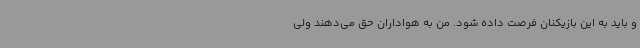
و باید به این بازیکنان فرصت داده شود. من به هواداران حق می‌دهند ولی